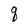
Character: q